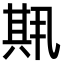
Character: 𫤱